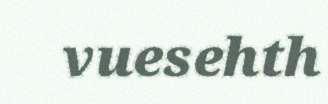
vuesehth